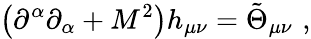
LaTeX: \left(\partial^{\alpha}\partial_{\alpha}+M^{2}\right)h_{\mu\nu}=\tilde{\Theta}_{\mu\nu}\, \, ,